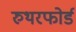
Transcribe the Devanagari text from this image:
रुथरफोर्ड